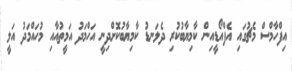
އިފްހާމްސް މެޗުގައި އެފްއޯޑީއިން ކާމިޔާބުކުރި ދެލަނޑު ކާމިޔާބުކޮށްދިނީ އަހްމަދު އަމީތުއާއި މުހައްމަދު އަލީ